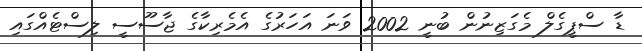
ޑާ ސްޕީގެލް މެގަޒިނުން ބުނީ 2002 ވަނަ އަހަރުގެ އެމެރިކާގެ ޖާސޫސީ ލިސްޓެއްގައި